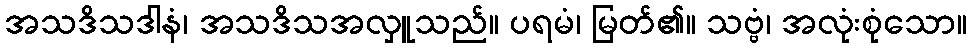
အသဒိသဒါနံ၊ အသဒိသအလှူသည်။ ပရမံ၊ မြတ်၏။ သဗ္ဗံ၊ အလုံးစုံသော။